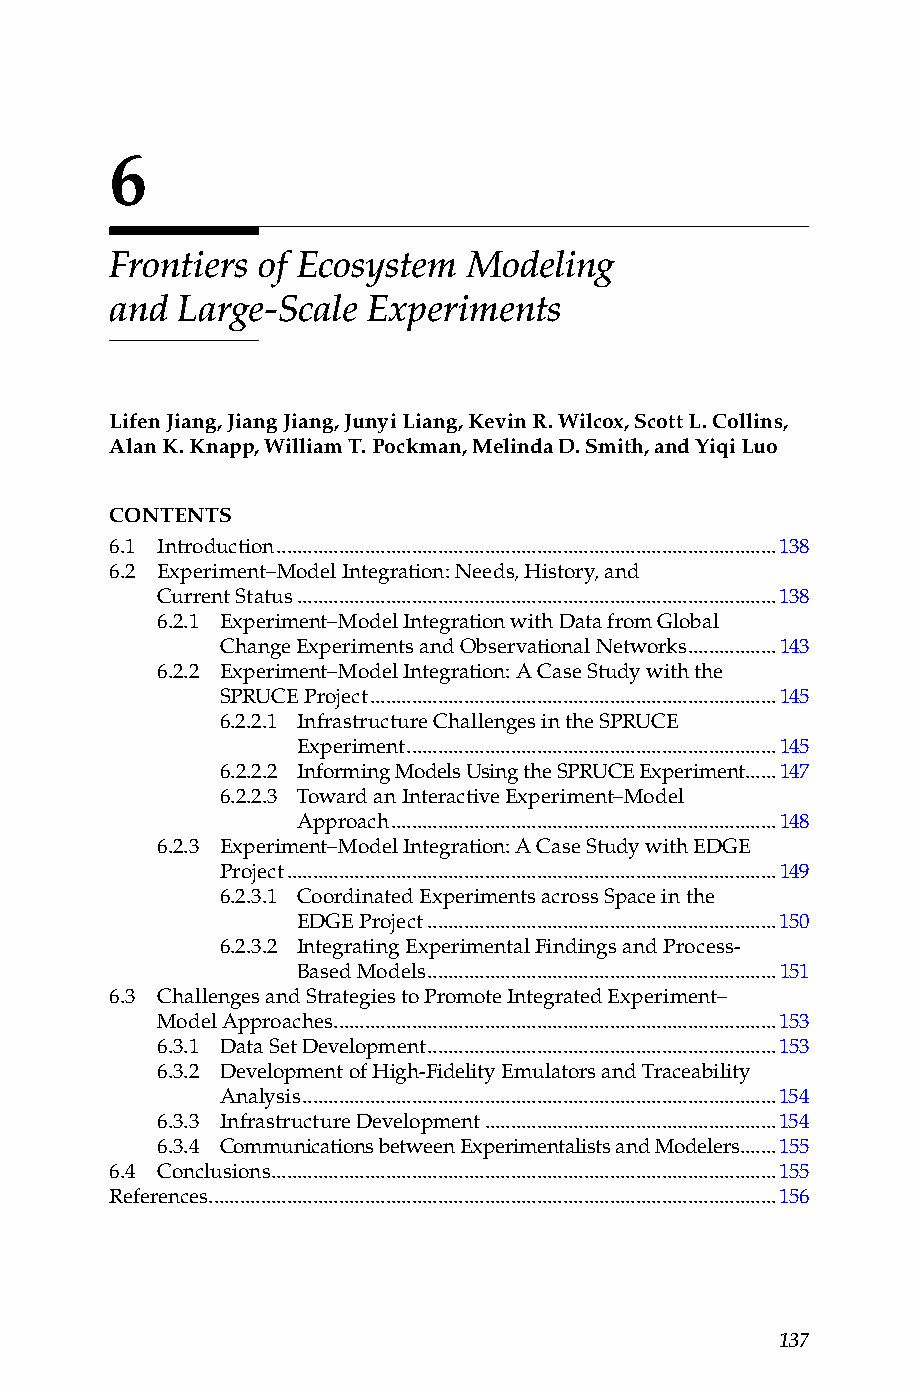
6
 Frontiers of Ecosystem  Modeling
 and  Large-Scale Experiments
 Lifen Jiang, Jiang Jiang, Junyi Liang, Kevin R. Wilcox, Scott L. Collins,
 Alan K. Knapp, William T. Pockman, Melinda D. Smith, and Yiqi Luo
 CONTENTS
 6.1 Introduction ................................................................................................138
 6.2 Experiment–Model Integration: Needs, History, and
 Current Status ............................................................................................138
 6.2.1 Experiment–Model Integration with Data from Global
 Change Experiments and Observational Networks .................143
 6.2.2 Experiment–Model Integration: A Case Study with the
 SPRUCE Project ..............................................................................145
 6.2.2.1 Infrastructure Challenges in the SPRUCE
 Experiment .......................................................................145
 6.2.2.2 Informing Models Using the SPRUCE Experiment ......147
 6.2.2.3 Toward an Interactive Experiment–Model
 Approach ..........................................................................148
 6.2.3 Experiment–Model Integration: A Case Study with EDGE
 Project ..............................................................................................149
 6.2.3.1 Coordinated Experiments across Space in the
 EDGE Project ...................................................................150
 6.2.3.2 Integrating Experimental Findings and Process-
 Based Models ...................................................................151
 6.3 Challenges and Strategies to Promote Integrated Experiment–
 Model Approaches .....................................................................................153
 6.3.1 Data Set Development ...................................................................153
 6.3.2 Development of High-Fidelity Emulators and Traceability
 Analysis ...........................................................................................154
 6.3.3 Infrastructure Development ........................................................154
 6.3.4 Communications between Experimentalists and Modelers .......155
 6.4 Conclusions .................................................................................................155
 References .............................................................................................................156
 137